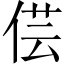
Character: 𠊁